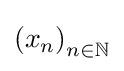
\left(x_{n}\right)_{n\in \mathbb {N} }